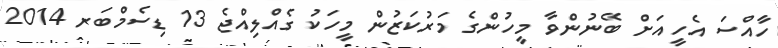
ހާއްސަ އެހީއަށް ބޭނުންވާ މީހުންގެ މަރުކަޒުން މީހަކު ގެއްލިއްޖެ 13 ޑިސެމްބަރ 2014